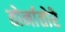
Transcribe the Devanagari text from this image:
तोर्नातोरे